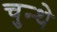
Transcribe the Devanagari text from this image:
चुन्थे